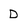
Character: D